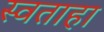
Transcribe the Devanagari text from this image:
स्वताहा